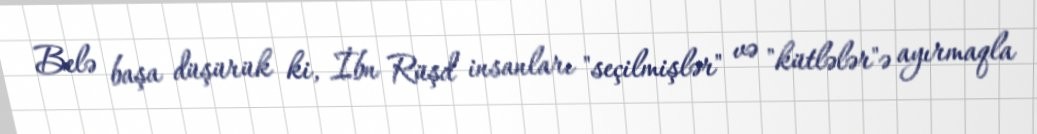
Belə başa düşürük ki, İbn Rüşd insanları "seçilmişlər" və "kütlələr"ə ayırmaqla